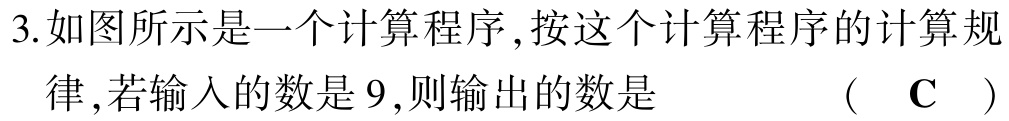
3.如图所示是一个计算程序,按这个计算程序的计算规律,若输入的数是$9$,则输出的数是  （ C ）